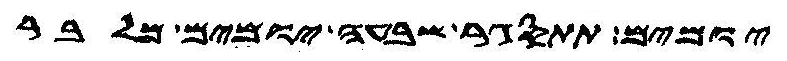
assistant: יומים תתסגר שבעה יומים מלבר